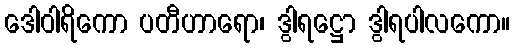
ဒေါဝါရိကော ပတီဟာရော၊ ဒွါရဋ္ဌော ဒွါရပါလကော။